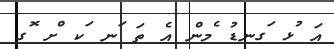
އަ ުޅ ަގނޑު ެމން އެ ތަ ަނ ަކ ްށ ޮގ